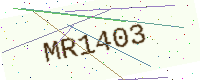
Text: MR1403